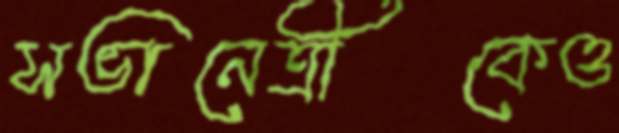
সভানেত্রীকেও